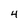
Character: 4